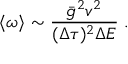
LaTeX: \langle \omega \rangle \sim \frac { \bar { g } ^ { 2 } v ^ { 2 } } { ( \Delta \tau ) ^ { 2 } \Delta E } \; .